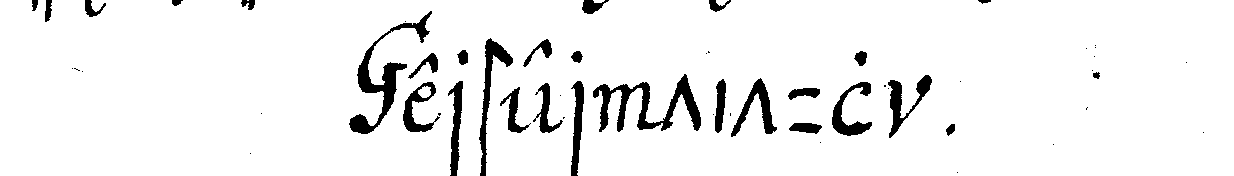
erster titul .